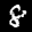
Label: 8